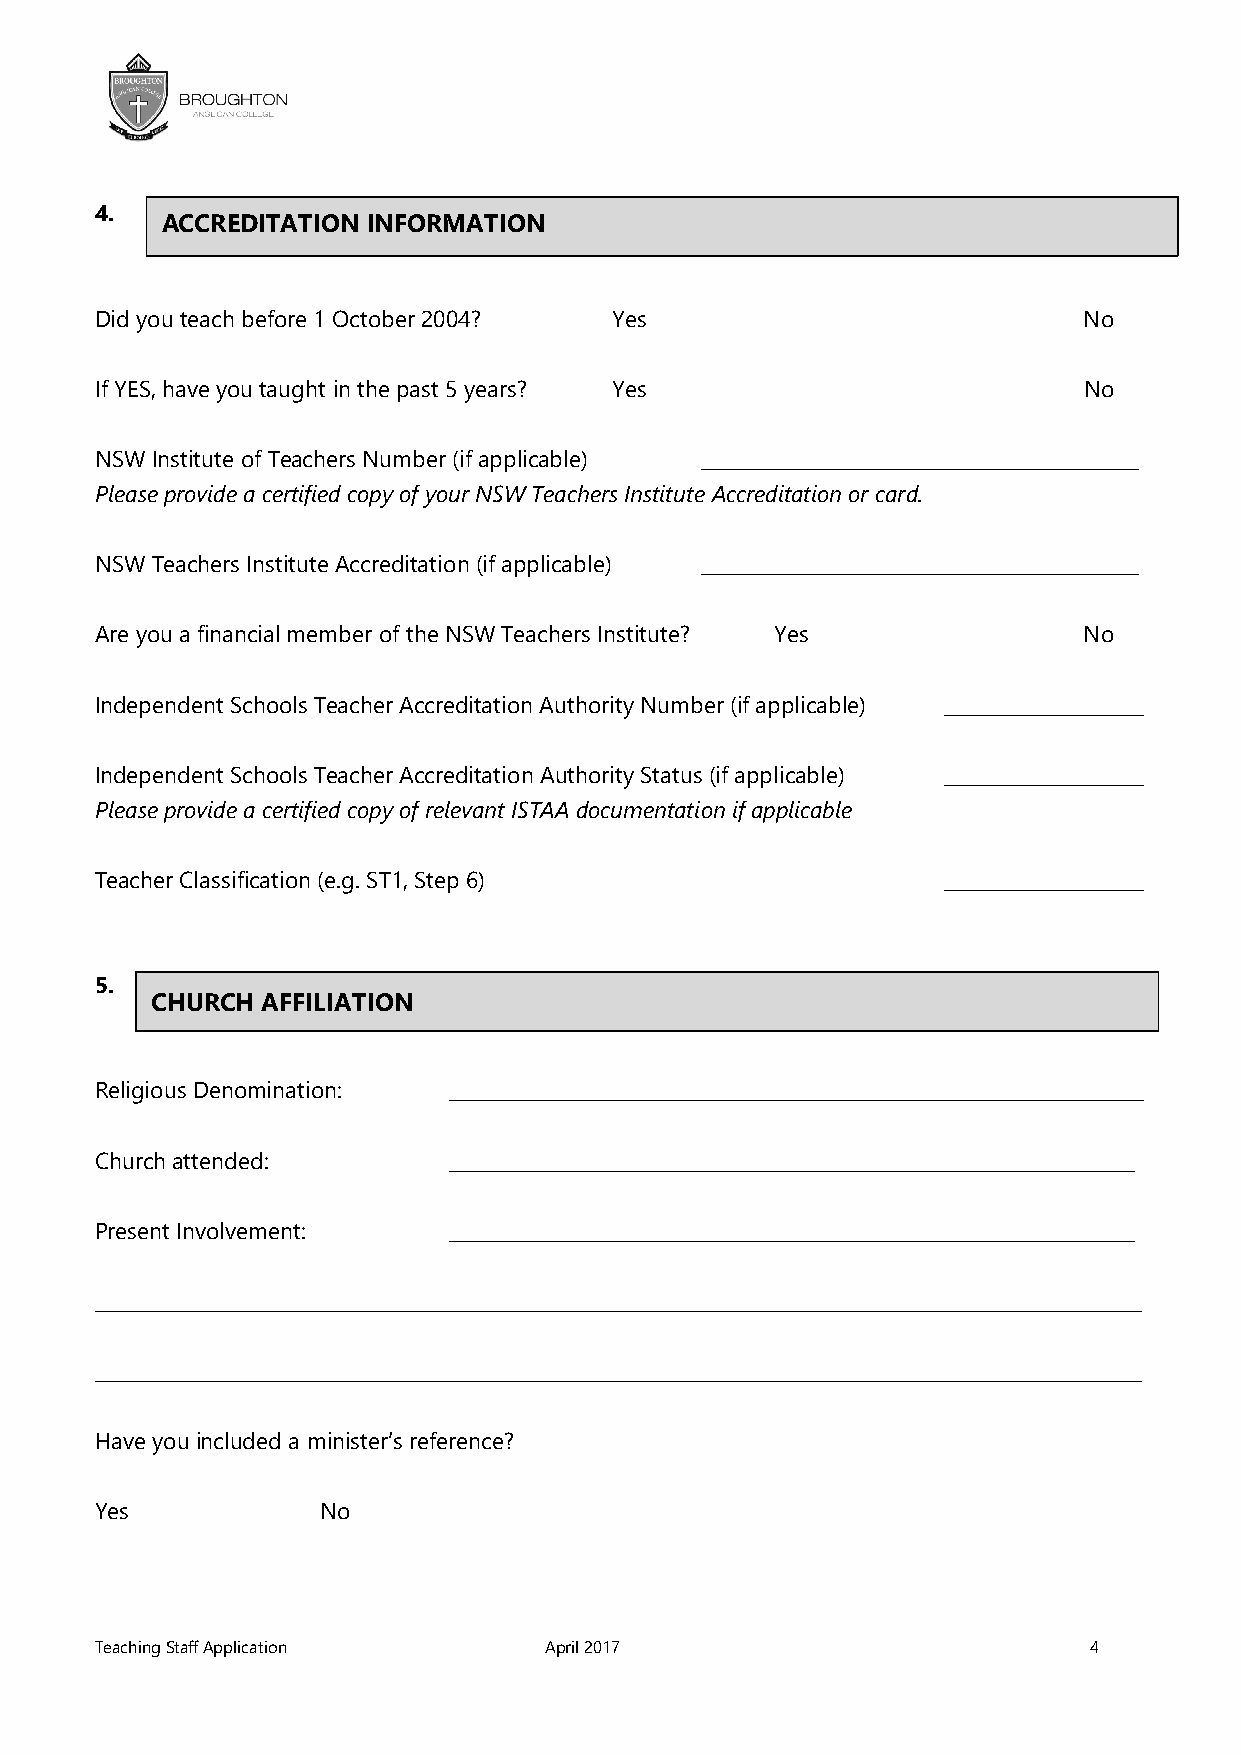
4.
 ACCREDITATION INFORMATION
 Did you teach before 1 October 2004? Yes                          No
 If YES, have you taught in the past 5 years? Yes                  No
 NSW Institute of Teachers Number (if applicable) ______________________________________________
 Please provide a certified copy of your NSW Teachers Institute Accreditation or card.
 NSW Teachers Institute Accreditation (if applicable) ______________________________________________
 Are you a financial member of the NSW Teachers Institute? Yes     No
 Independent Schools Teacher Accreditation Authority Number (if applicable) _____________________
 Independent Schools Teacher Accreditation Authority Status (if applicable) _____________________
 Please provide a certified copy of relevant ISTAA documentation if applicable
 Teacher Classification (e.g. ST1, Step 6)               _____________________
 5.
 CHURCH AFFILIATION
 Religious Denomination: _________________________________________________________________________
 Church attended:        ________________________________________________________________________
 Present Involvement:    ________________________________________________________________________
 ______________________________________________________________________________________________________________
 ______________________________________________________________________________________________________________
 Have you included a minister’s reference?
 Yes            No
 Teaching Staff Application    April 2017                          4